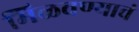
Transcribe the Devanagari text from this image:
मिळवण्याचं